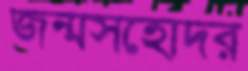
জন্মসহোদর